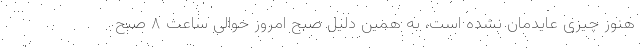
هنوز چیزی عایدمان نشده است، به همین دلیل صبح امروز حوالی ساعت ۸ صبح